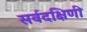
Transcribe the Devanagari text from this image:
सर्वदक्षिणी